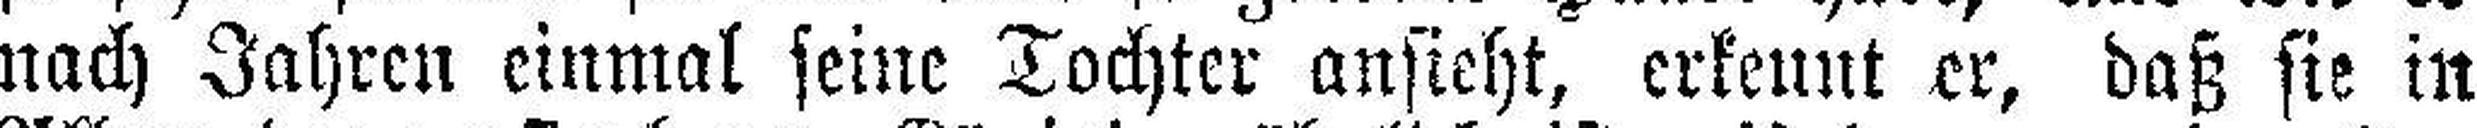
nach Jahren einmal seine Tochter ansieht, erkennt er, daß sie in